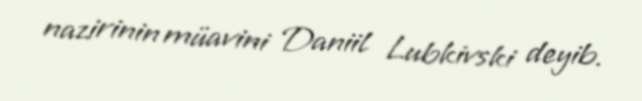
nazirinin müavini Daniil Lubkivski deyib.